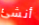
أنشئ